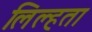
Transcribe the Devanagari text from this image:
लिल्हता